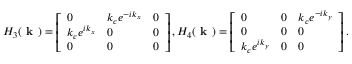
H _ { 3 } ( \textbf { k } ) = \left[ \begin{array} { l l l } { 0 } & { k _ { c } e ^ { - i k _ { x } } } & { 0 } \\ { k _ { c } e ^ { i k _ { x } } } & { 0 } & { 0 } \\ { 0 } & { 0 } & { 0 } \end{array} \right] , H _ { 4 } ( \textbf { k } ) = \left[ \begin{array} { l l l } { 0 } & { 0 } & { k _ { c } e ^ { - i k _ { y } } } \\ { 0 } & { 0 } & { 0 } \\ { k _ { c } e ^ { i k _ { y } } } & { 0 } & { 0 } \end{array} \right] .